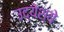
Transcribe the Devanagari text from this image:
उद्येश्ये